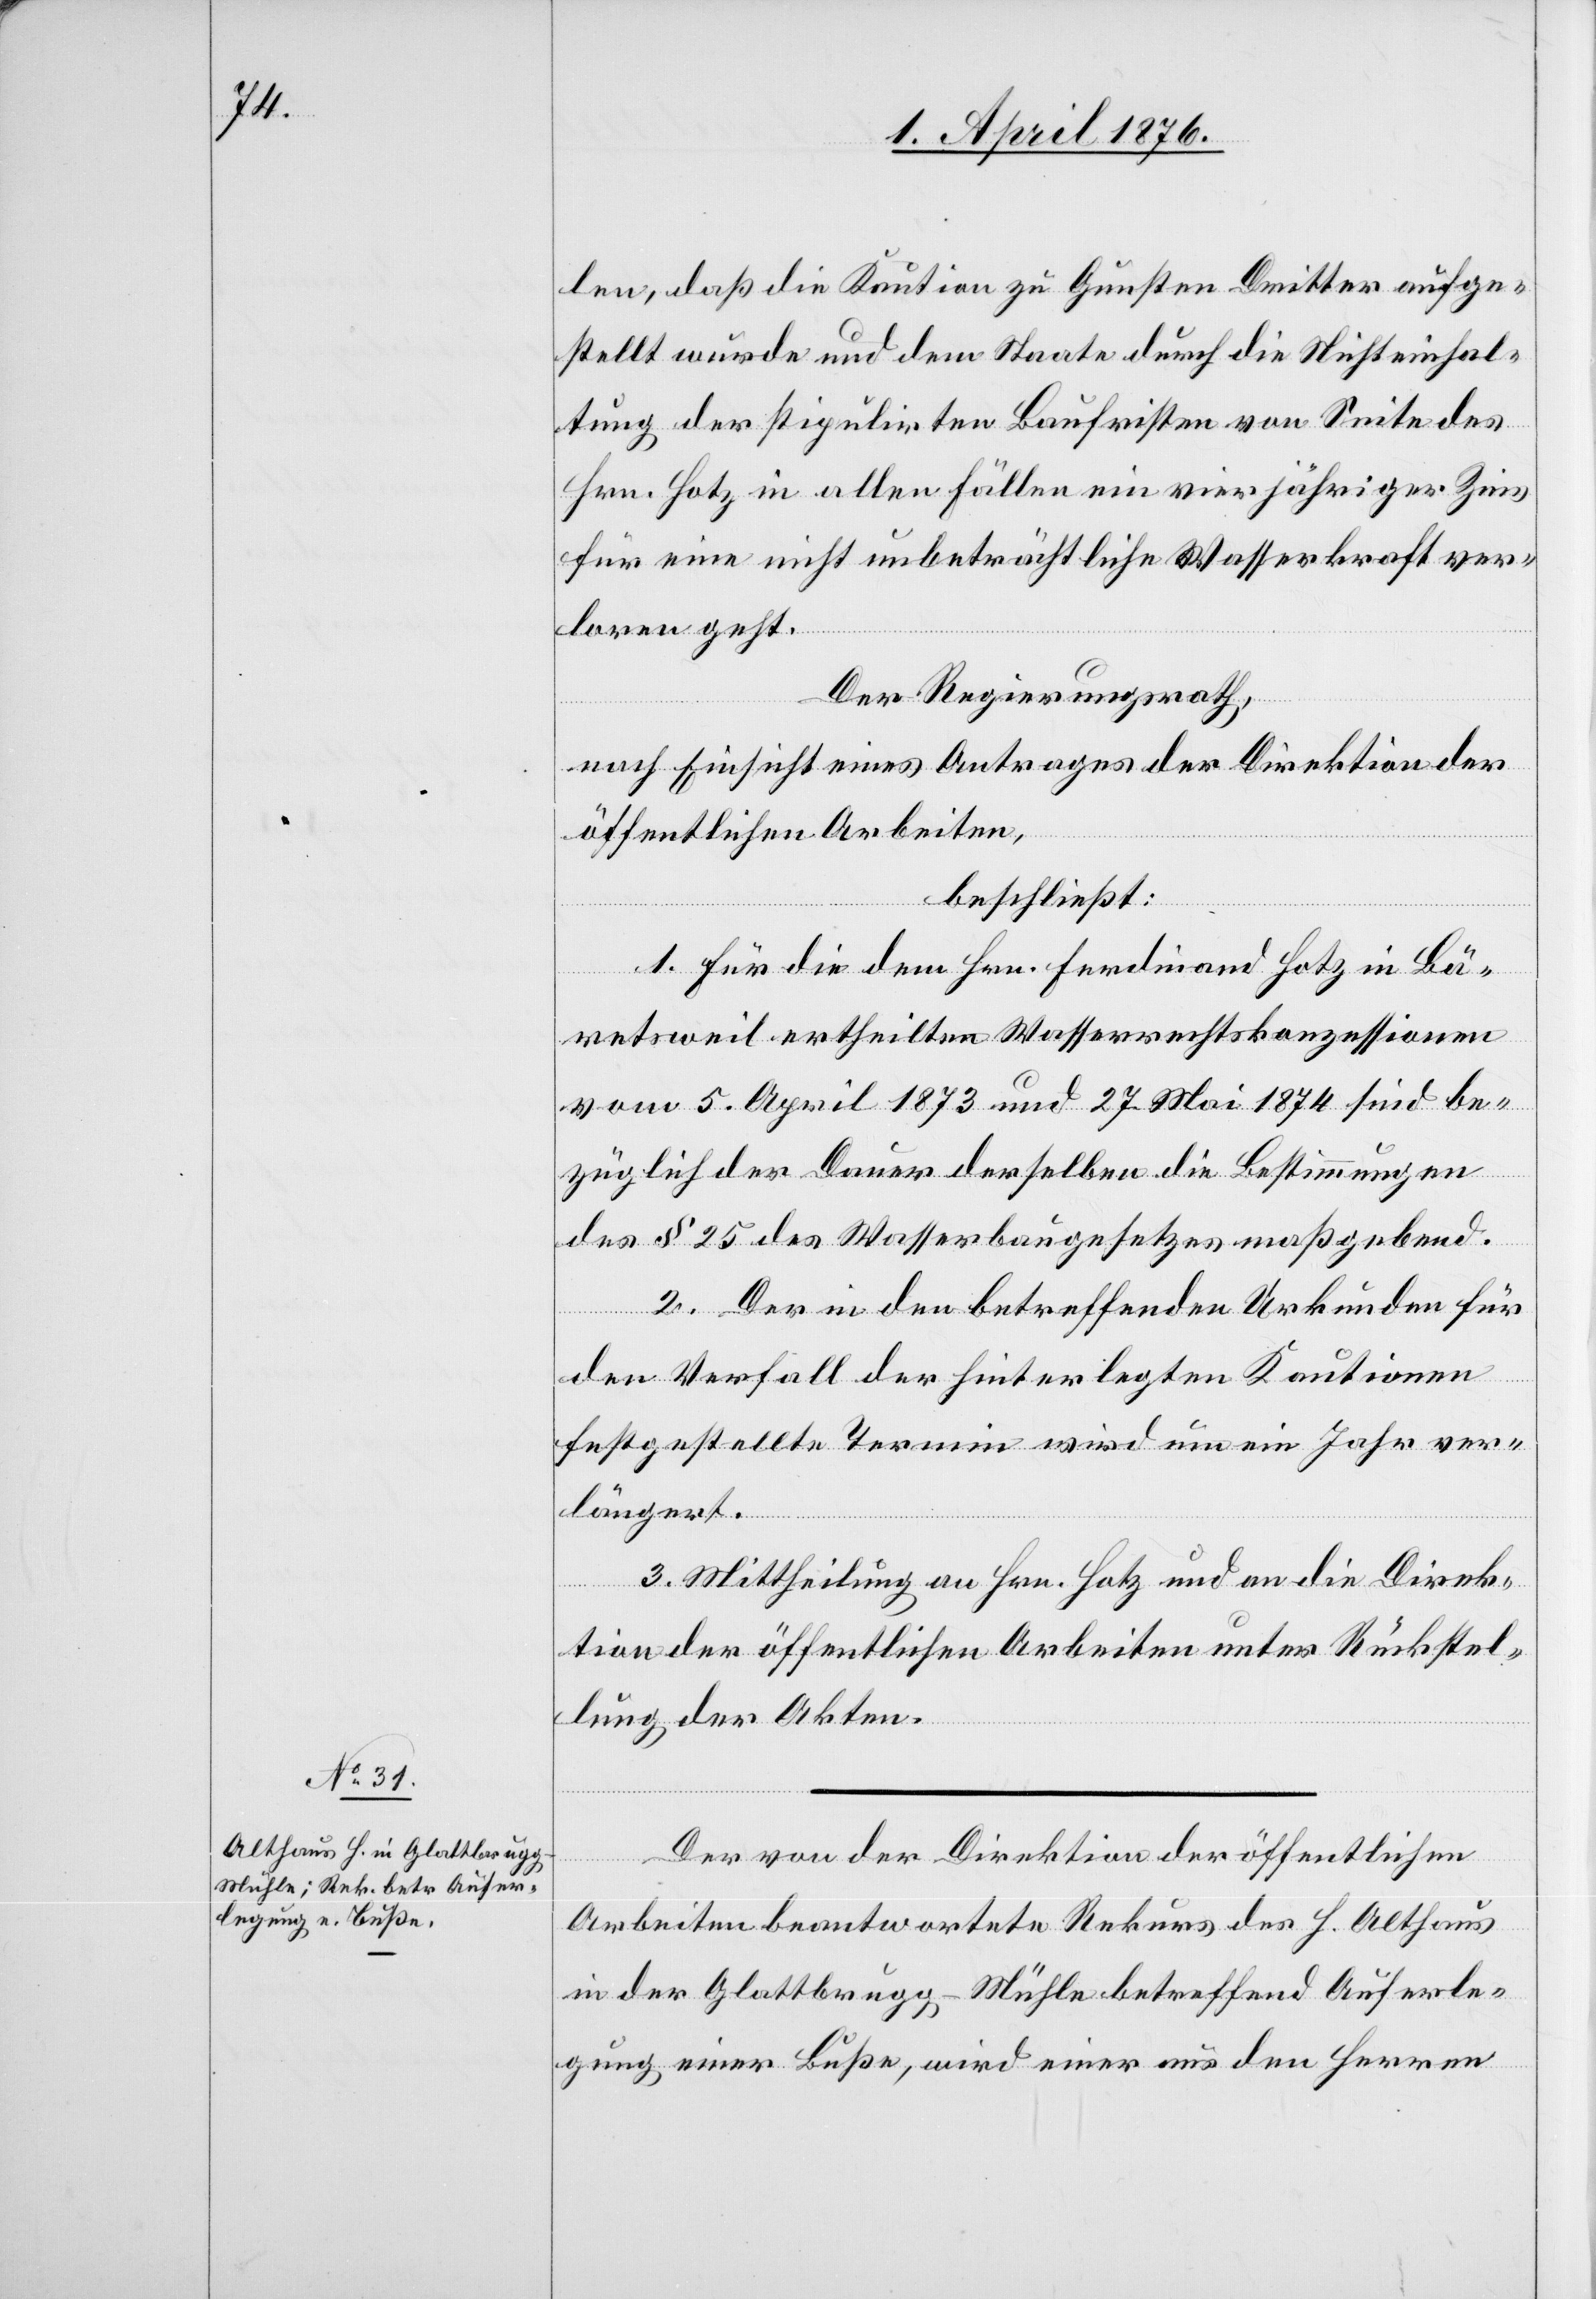
len, daß die Kaution zu Gunsten Dritter aufge¬
stellt wurde und dem Staate durch die Nichteinhal¬
tung der stipulirten Baufristen von Seite des
Hrn. Hotz in allen Fällen ein vierjähriger Zins
für eine nicht unbeträchtliche Wasserkraft ver¬
loren geht.
Der Regierungsrath,
nach Einsicht eines Antrages der Direktion der
öffentlichen Arbeiten,
beschließt:
1. Für die dem Hrn. Ferdinand Hotz in Bä¬
retsweil ertheilten Wasserrechtskonzessionen
vom 5. April 1873 und 27. Mai 1874 sind be¬
züglich der Dauer derselben die Bestimmungen
des § 25 des Wasserrechtsgesetzes maßgebend.
2. Der in den betreffenden Urkunden für
den Verfall der hinterlegten Kautionen
festgestellte Termin wird um ein Jahr ver¬
längert.
3. Mittheilung an Hrn. Hotz und die Direk¬
tion der öffentlichen Arbeiten unter Rückstel¬
lung der Akten.
Der von der Direktion der öffentlichen
Arbeiten beantwortete Rekurs des H. Althaus
in der Glattbrugg-Mühle betreffend Auferle¬
gung einer Buße, wird einer aus den Herren